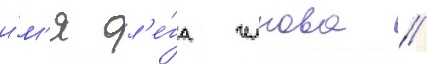
и́м'я ол'е́га челнова //